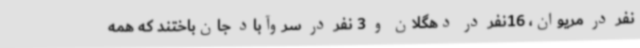
نفر در مریوان، 16نفر در دهگلان و 3 نفر در سروآباد جان‌باختند که همه